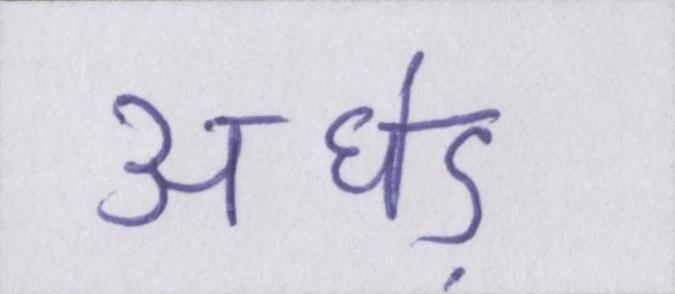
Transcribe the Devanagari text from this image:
अधेड़